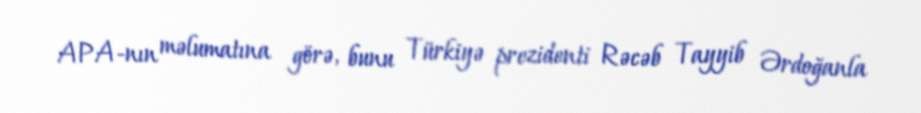
APA-nın məlumatına görə, bunu Türkiyə prezidenti Rəcəb Tayyib Ərdoğanla